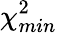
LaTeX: \chi_{min}^{2}